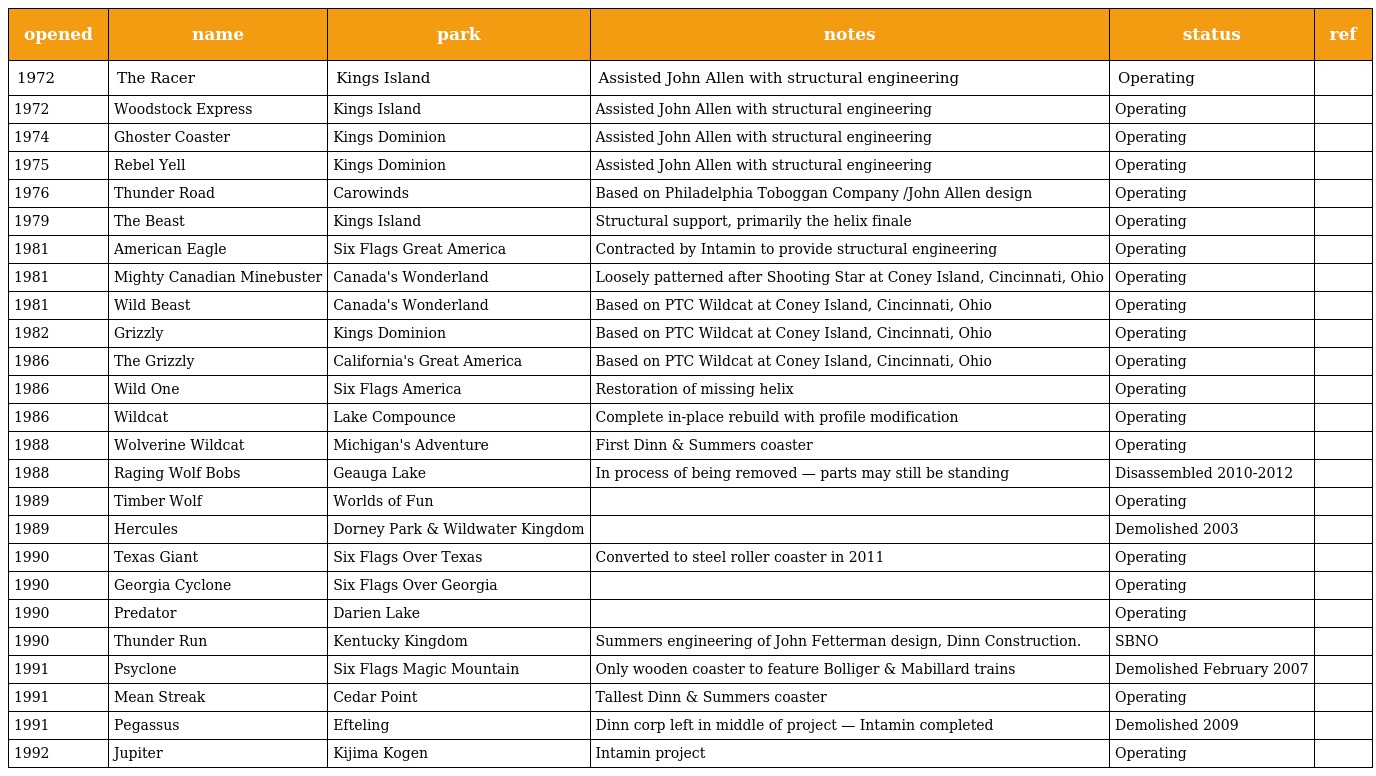
| opened | name | park | notes | status | ref |
 | --- | --- | --- | --- | --- | --- |
 | 1972 | The Racer | Kings Island | Assisted John Allen with structural engineering | Operating |  |
 | 1972 | Woodstock Express | Kings Island | Assisted John Allen with structural engineering | Operating |  |
 | 1974 | Ghoster Coaster | Kings Dominion | Assisted John Allen with structural engineering | Operating |  |
 | 1975 | Rebel Yell | Kings Dominion | Assisted John Allen with structural engineering | Operating |  |
 | 1976 | Thunder Road | Carowinds | Based on Philadelphia Toboggan Company /John Allen design | Operating |  |
 | 1979 | The Beast | Kings Island | Structural support, primarily the helix finale | Operating |  |
 | 1981 | American Eagle | Six Flags Great America | Contracted by Intamin to provide structural engineering | Operating |  |
 | 1981 | Mighty Canadian Minebuster | Canada's Wonderland | Loosely patterned after Shooting Star at Coney Island, Cincinnati, Ohio | Operating |  |
 | 1981 | Wild Beast | Canada's Wonderland | Based on PTC Wildcat at Coney Island, Cincinnati, Ohio | Operating |  |
 | 1982 | Grizzly | Kings Dominion | Based on PTC Wildcat at Coney Island, Cincinnati, Ohio | Operating |  |
 | 1986 | The Grizzly | California's Great America | Based on PTC Wildcat at Coney Island, Cincinnati, Ohio | Operating |  |
 | 1986 | Wild One | Six Flags America | Restoration of missing helix | Operating |  |
 | 1986 | Wildcat | Lake Compounce | Complete in-place rebuild with profile modification | Operating |  |
 | 1988 | Wolverine Wildcat | Michigan's Adventure | First Dinn & Summers coaster | Operating |  |
 | 1988 | Raging Wolf Bobs | Geauga Lake | In process of being removed — parts may still be standing | Disassembled 2010-2012 |  |
 | 1989 | Timber Wolf | Worlds of Fun |  | Operating |  |
 | 1989 | Hercules | Dorney Park & Wildwater Kingdom |  | Demolished 2003 |  |
 | 1990 | Texas Giant | Six Flags Over Texas | Converted to steel roller coaster in 2011 | Operating |  |
 | 1990 | Georgia Cyclone | Six Flags Over Georgia |  | Operating |  |
 | 1990 | Predator | Darien Lake |  | Operating |  |
 | 1990 | Thunder Run | Kentucky Kingdom | Summers engineering of John Fetterman design, Dinn Construction. | SBNO |  |
 | 1991 | Psyclone | Six Flags Magic Mountain | Only wooden coaster to feature Bolliger & Mabillard trains | Demolished February 2007 |  |
 | 1991 | Mean Streak | Cedar Point | Tallest Dinn & Summers coaster | Operating |  |
 | 1991 | Pegassus | Efteling | Dinn corp left in middle of project — Intamin completed | Demolished 2009 |  |
 | 1992 | Jupiter | Kijima Kogen | Intamin project | Operating |  |